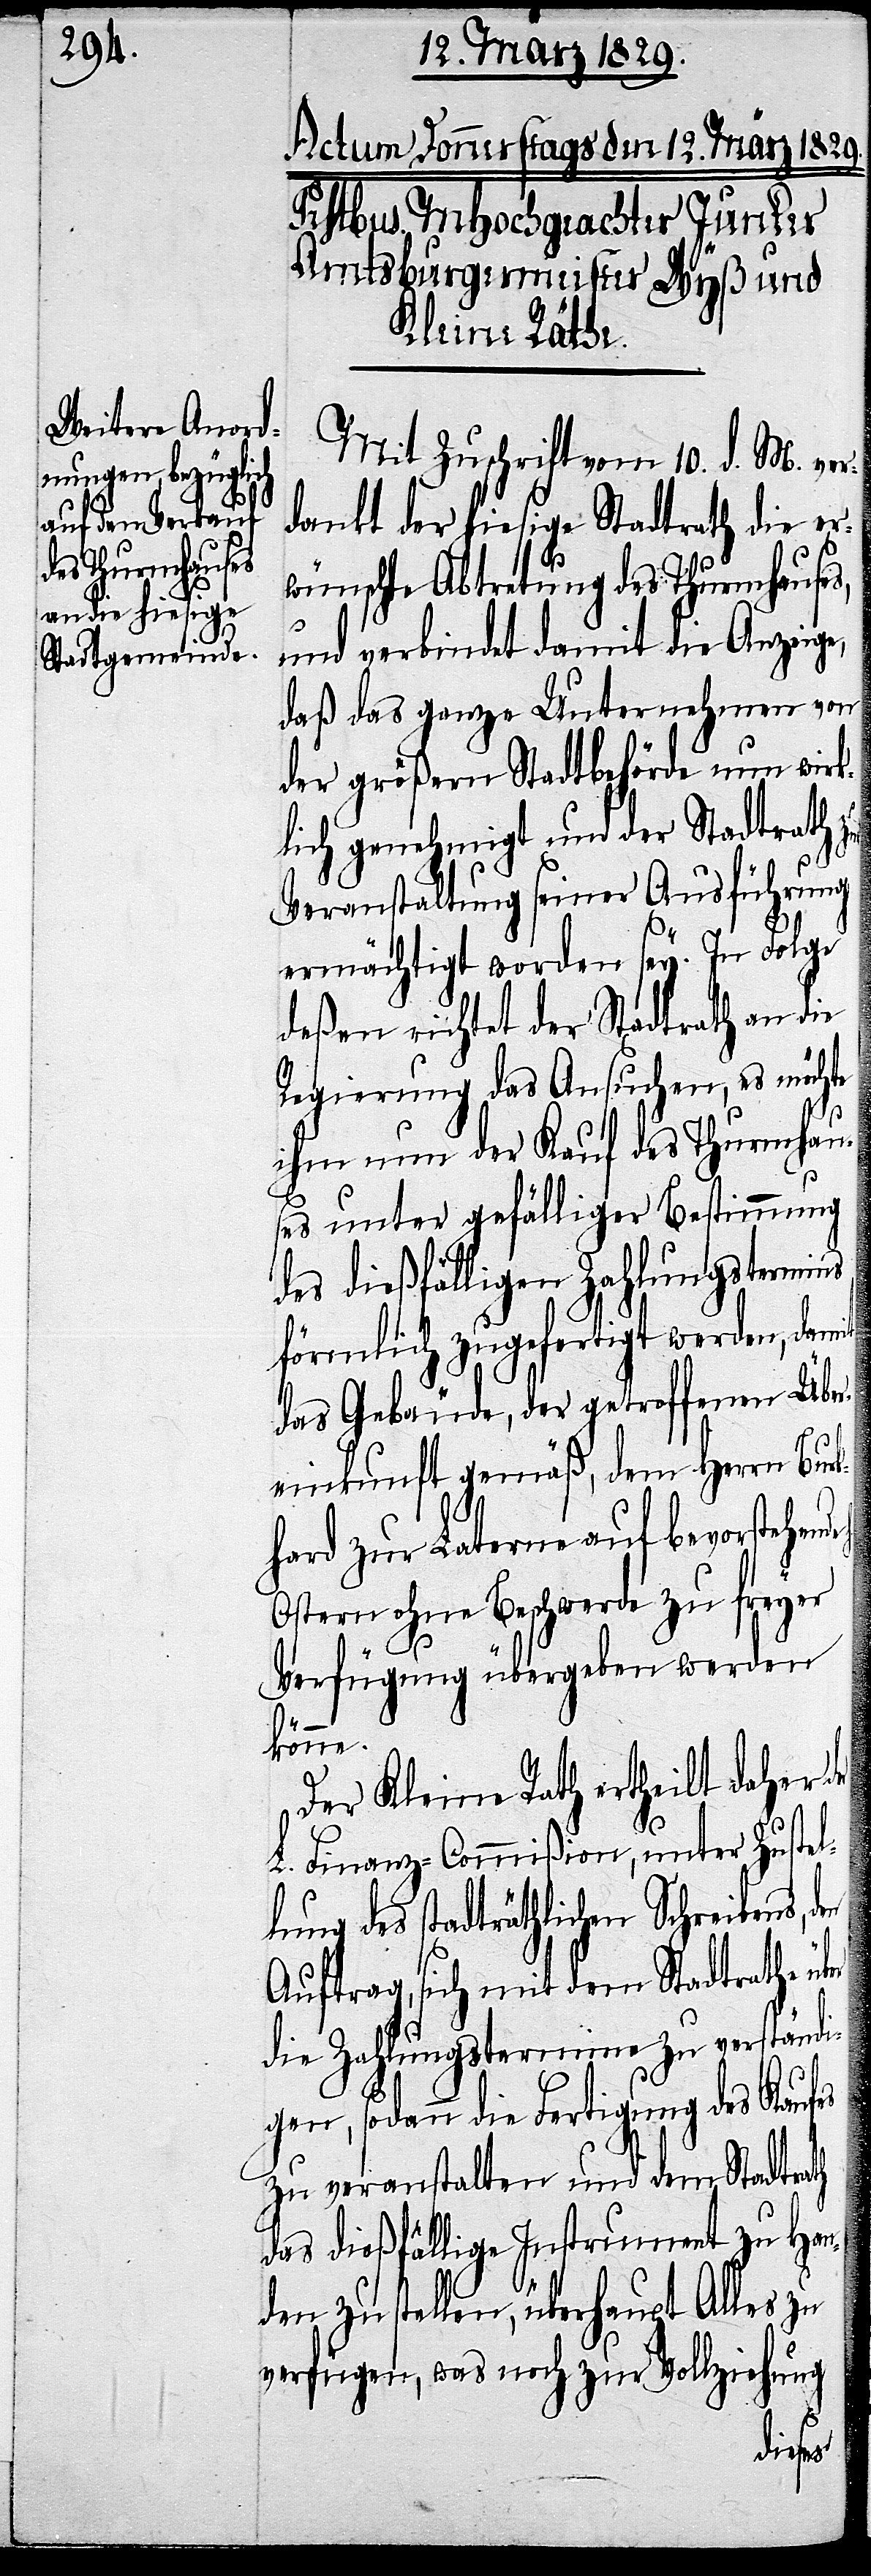
Mit Zuschrift vom 10. d. M. ver¬
dankt der hiesige Stadtrath die er¬
l¬
wünschte Abtretung des Thurmhauses,
und verbindet damit die Anzeige,
daß das ganze Unternehmen von
der größern Stadtbehörde nun wirk¬
lich genehmigt und der Stadtrath zur
Veranstaltung seiner Ausführung
ermächtigt worden sey. In Folge
deßen richtet der Stadtrath an die
Regierung das Ansuchen, es möchte
ihm nun der Kauf des Thurmhau¬
ses unter gefälliger Bestimmung
des dießfälligen Zahlungstermins,
förmlich zugefertigt werden, damit
das Gebäude, der getroffenen Übe¬
reinkunft gemäß, dem Herrn Burk¬
hard zur Laterne auf bevorstehende
Ostern ohne Beschwerde zu freyer
Verfügung übergeben werden
könne.
Der Kleine Rath ertheilt daher
L. Finanz-Commißion, unter Zuste¬
lung des stadträthlichen Schreibens,
Auftrag, sich mit dem Stadtrathe
die Zahlungstermine zu verständi¬
gen, sodann die Fertigung des Kaufes
zu veranstalten und dem Stadtrath
das dießfällige Instrument zu Han¬
den zu stellen, überhaupt Alles zu
verfügen, was noch zur Vollziehung